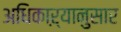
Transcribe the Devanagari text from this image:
अधिकाऱ्यानुसार